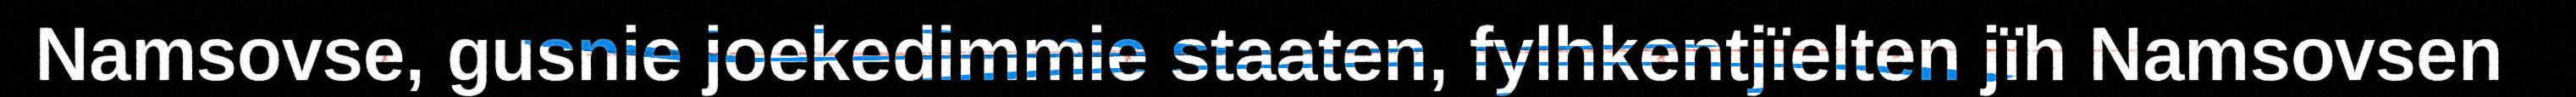
Namsovse, gusnie joekedimmie staaten, fylhkentjïelten jïh Namsovsen